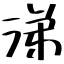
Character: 涕